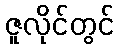
ဇူလိုင်တွင်